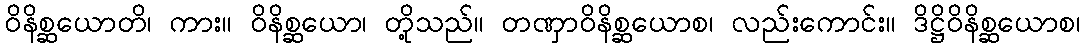
ဝိနိစ္ဆယောတိ၊ ကား။ ဝိနိစ္ဆယော၊ တို့သည်။ တဏှာဝိနိစ္ဆယောစ၊ လည်းကောင်း။ ဒိဋ္ဌိဝိနိစ္ဆယောစ၊